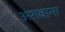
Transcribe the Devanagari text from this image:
अराबाना